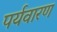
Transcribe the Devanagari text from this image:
पर्यवारण